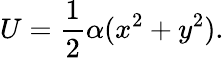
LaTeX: U=\frac{1}{2}\alpha(x^{2}+y^{2}).